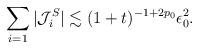
LaTeX: \begin{align*}\sum_{i=1} |\mathcal{J}_i^S|\lesssim (1+t)^{-1+2p_0}\epsilon_0^2.\end{align*}